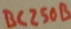
Text: BC250B